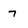
Character: 7